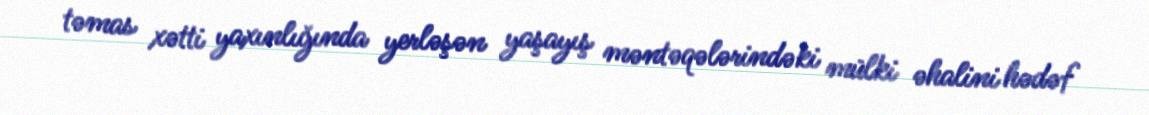
təmas xətti yaxınlığında yerləşən yaşayış məntəqələrindəki mülki əhalini hədəf